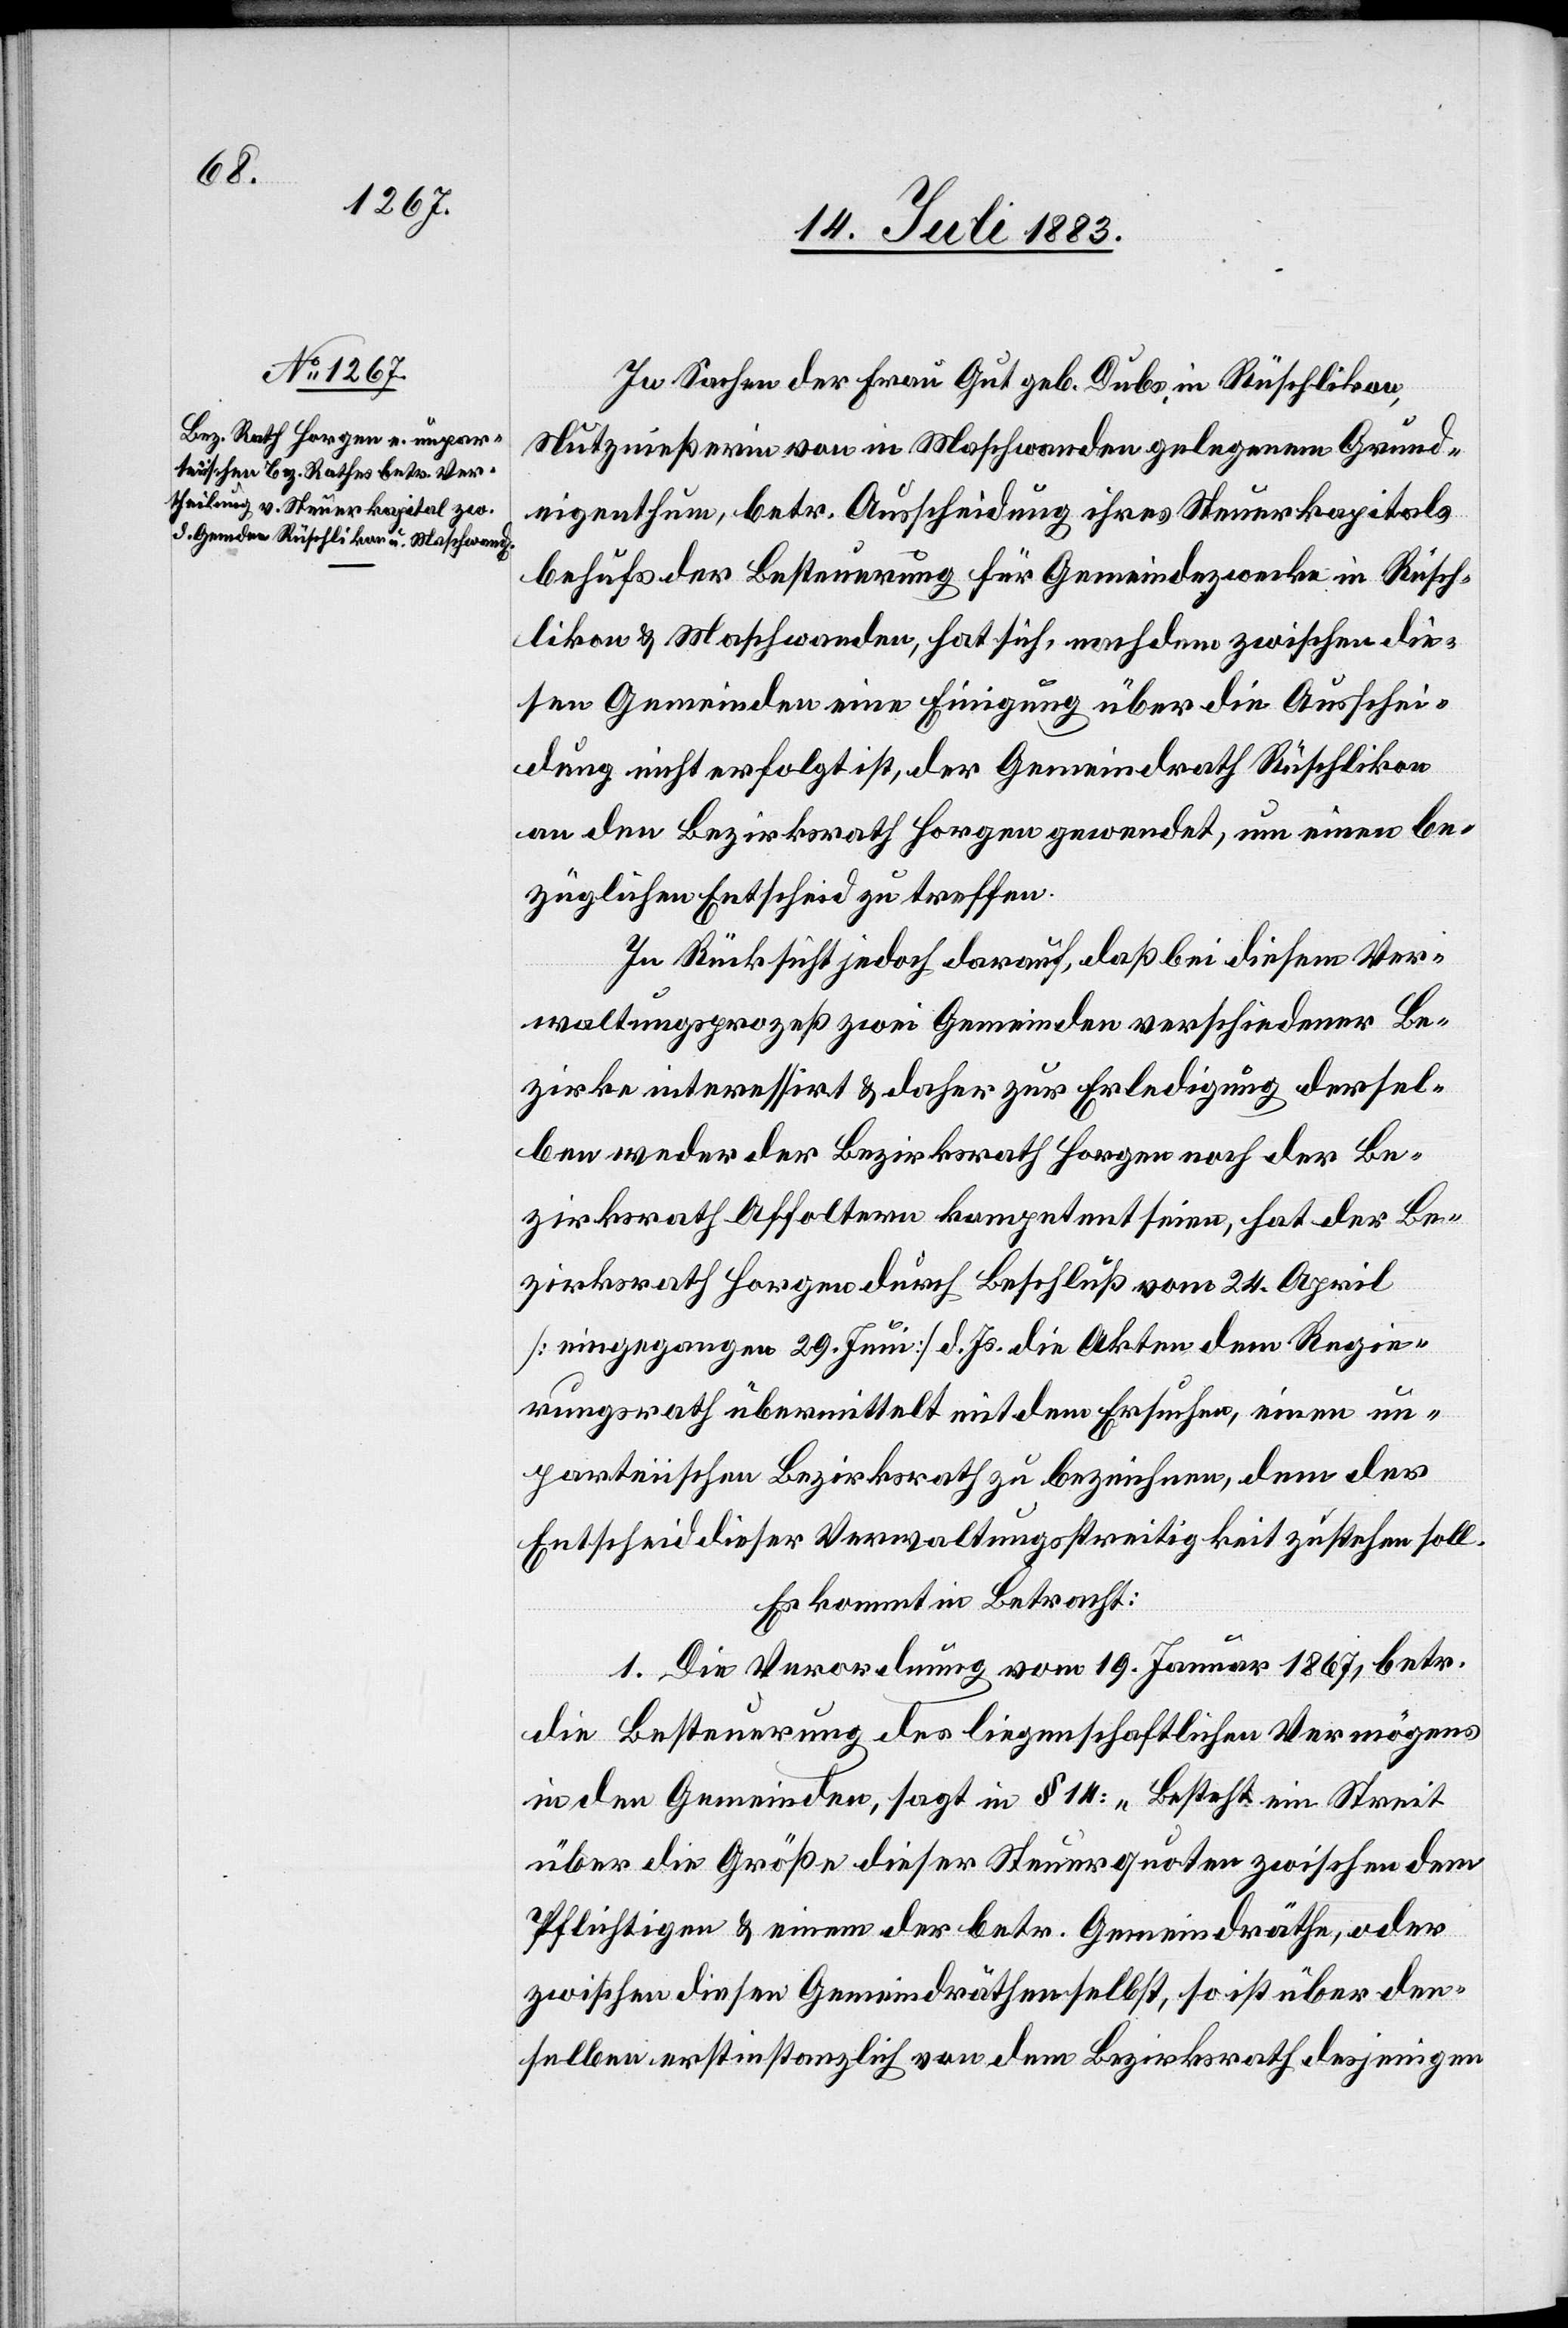
In Sachen der Frau Gut geb. Dubs in Rüschlikon,
Nutznießerin von in Maschwanden gelegenem Grund¬
eigenthum, betr. Ausscheidung ihres Steuerkapitals
behufs der Besteuerung für Gemeindezwecke in Rüsch¬
likon & Maschwanden, hat sich, nachdem zwischen die¬
sen Gemeinden eine Einigung über die Ausschei¬
dung nicht erfolgt ist, der Gemeindrath Rüschlikon
an den Bezirksrath Horgen gewendet, um einen be¬
züglichen Entscheid zu treffen.
In Rücksicht jedoch darauf, daß bei diesem Ver¬
waltungsprozeß zwei Gemeinden verschiedener Be¬
zirk interessirt sind & daher zur Erledigung dersel¬
ben weder der Bezirksrath Horgen noch der Be¬
zirksrath Affoltern kompetent seien, hat der Be¬
zirksrath Horgen durch Beschluß vom 24. April
[eingegangen 29. Juni] d. Js. die Akten dem Regie¬
rungsrath übermittelt mit dem Ersuchen, einen un¬
parteiischen Bezirksrath zu bezeichnen, dem der
Entscheid dieser Verwaltungsstreitigkeit zustehen soll.
Es kommt in Betracht:
1. Die Verordnung vom 19. Januar 1867, betr.
die Besteuerung des liegenschaftlichen Vermögens
in den Gemeinden, sagt in § 14: „Besteht ein Streit
über die Größe dieser Steuerquoten zwischen den
Pflichtigen & einem der betr. Gemeindräthe, so ist
denselben erstinstanzlich von dem Bezirksrath desjenigen